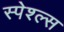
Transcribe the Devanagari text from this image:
स्पेश्ल्स